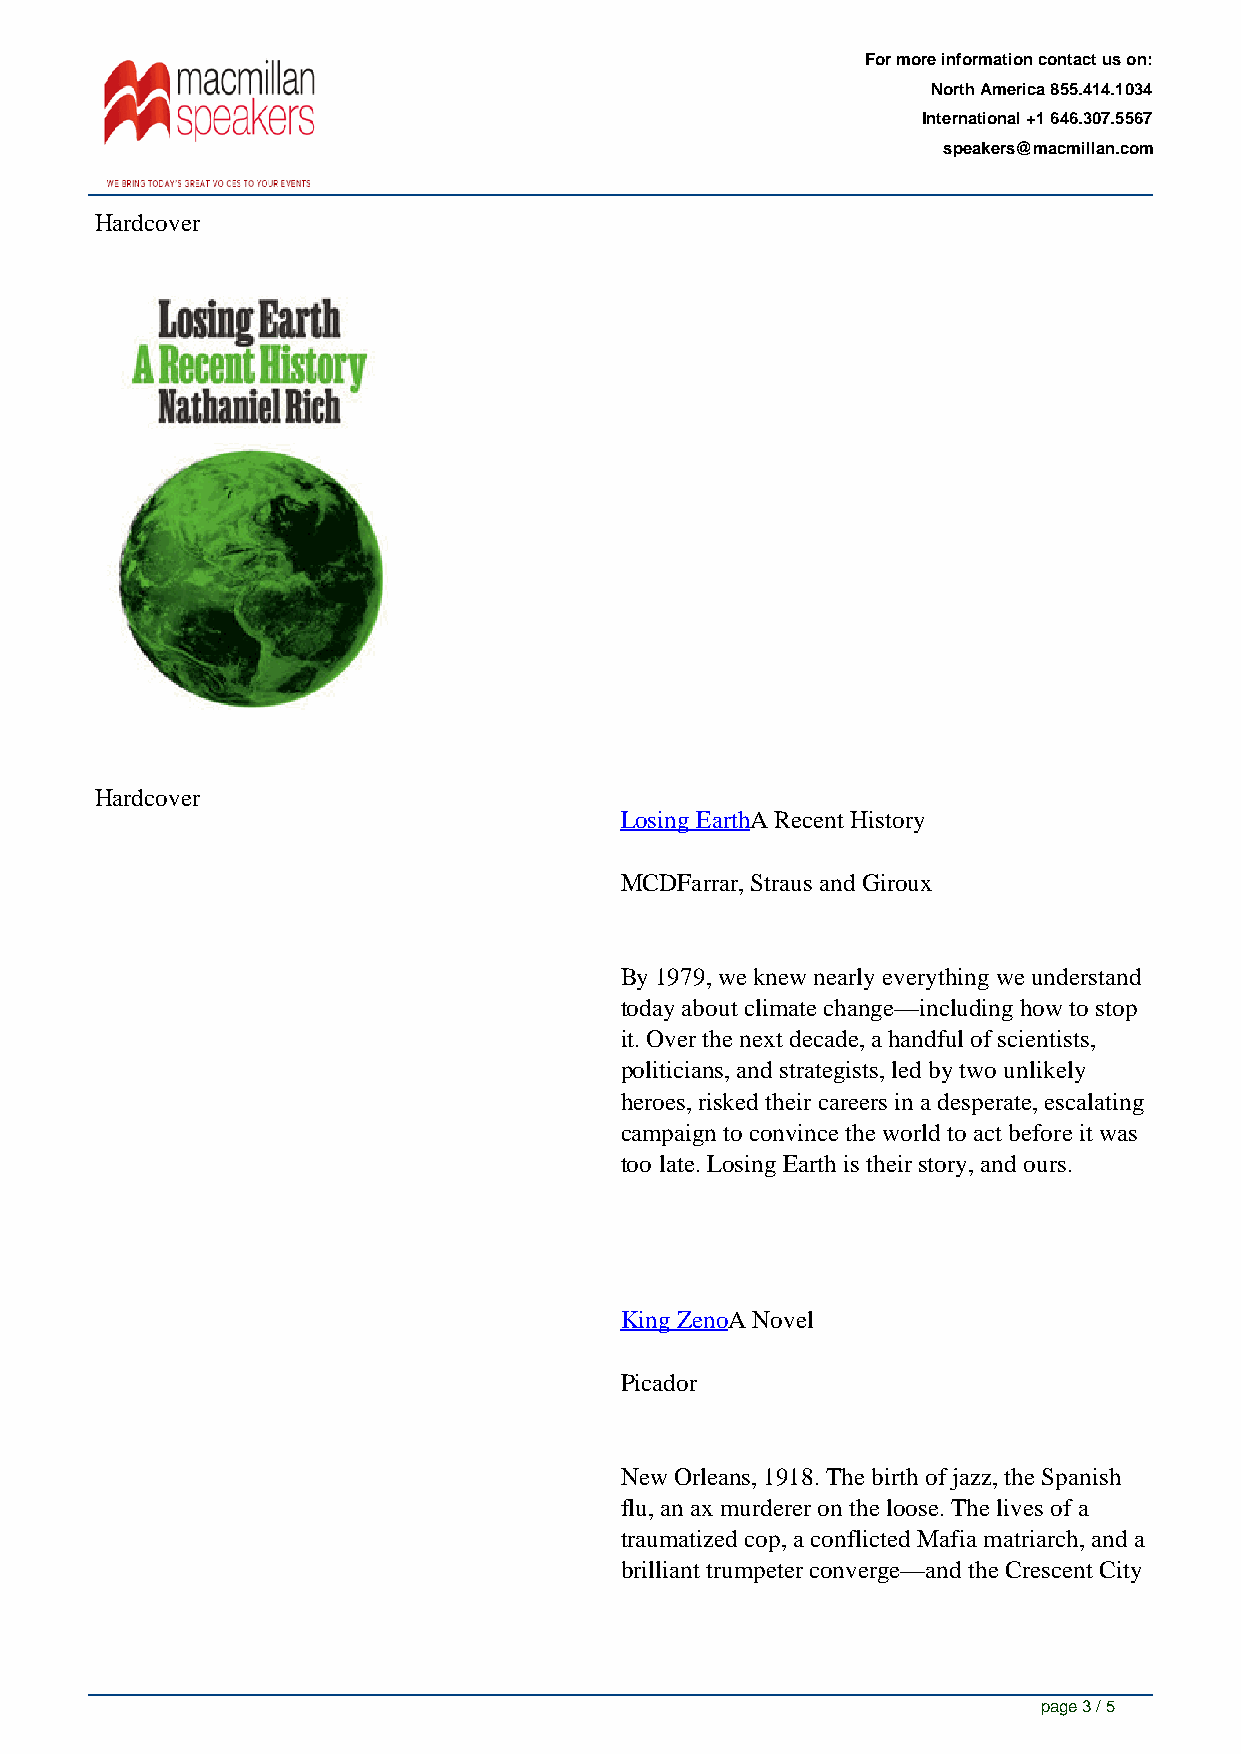
For more information contact us on:
 North America 855.414.1034
 International +1 646.307.5567
 speakers@macmillan.com
 Hardcover
 Hardcover
 Losing EarthA Recent History
 MCDFarrar, Straus and Giroux
 By 1979, we knew nearly everything we understand
 today about climate change—including how to stop
 it. Over the next decade, a handful of scientists,
 politicians, and strategists, led by two unlikely
 heroes, risked their careers in a desperate, escalating
 campaign to convince the world to act before it was
 too late. Losing Earth is their story, and ours.
 King ZenoA Novel
 Picador
 New Orleans, 1918. The birth of jazz, the Spanish
 flu, an ax murderer on the loose. The lives of a
 traumatized cop, a conflicted Mafia matriarch, and a
 brilliant trumpeter converge—and the Crescent City
 page 3 / 5